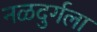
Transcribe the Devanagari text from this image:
नळदुर्गला